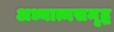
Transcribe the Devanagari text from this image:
अध्यात्मसमृद्ध